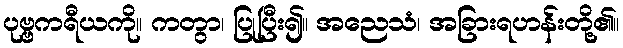
ပုဗ္ဗကရီယကို။ ကတွာ၊ ပြုပြီး၍။ အညေသံ၊ အခြားရဟန်းတို့၏။